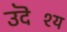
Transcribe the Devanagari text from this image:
उदॆश्य